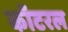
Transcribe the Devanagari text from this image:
कॉटरल